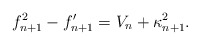
\begin{align*}f_{n+1}^2-f_{n+1}^{\prime}=V_{n}+\kappa_{n+1}^2.\end{align*}